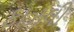
ફાઝલી